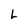
Character: L